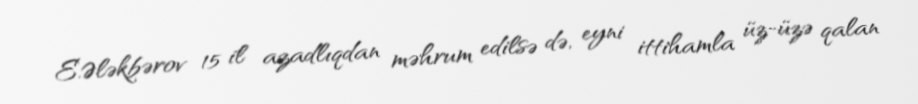
E.Ələkbərov 15 il azadlıqdan məhrum edilsə də, eyni ittihamla üz-üzə qalan